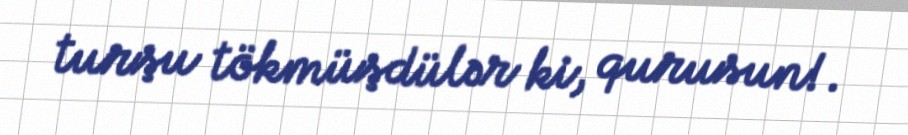
turşu tökmüşdülər ki, qurusun!.